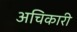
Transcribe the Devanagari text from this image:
अचिकारी